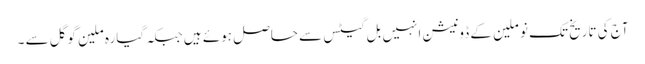
آج کی تاریخ تک نو ملین کے ڈونیشن انہیں بل گیٹس سے حاصل ہوئے ہیں جبکہ گیارہ ملین گوگل سے ۔